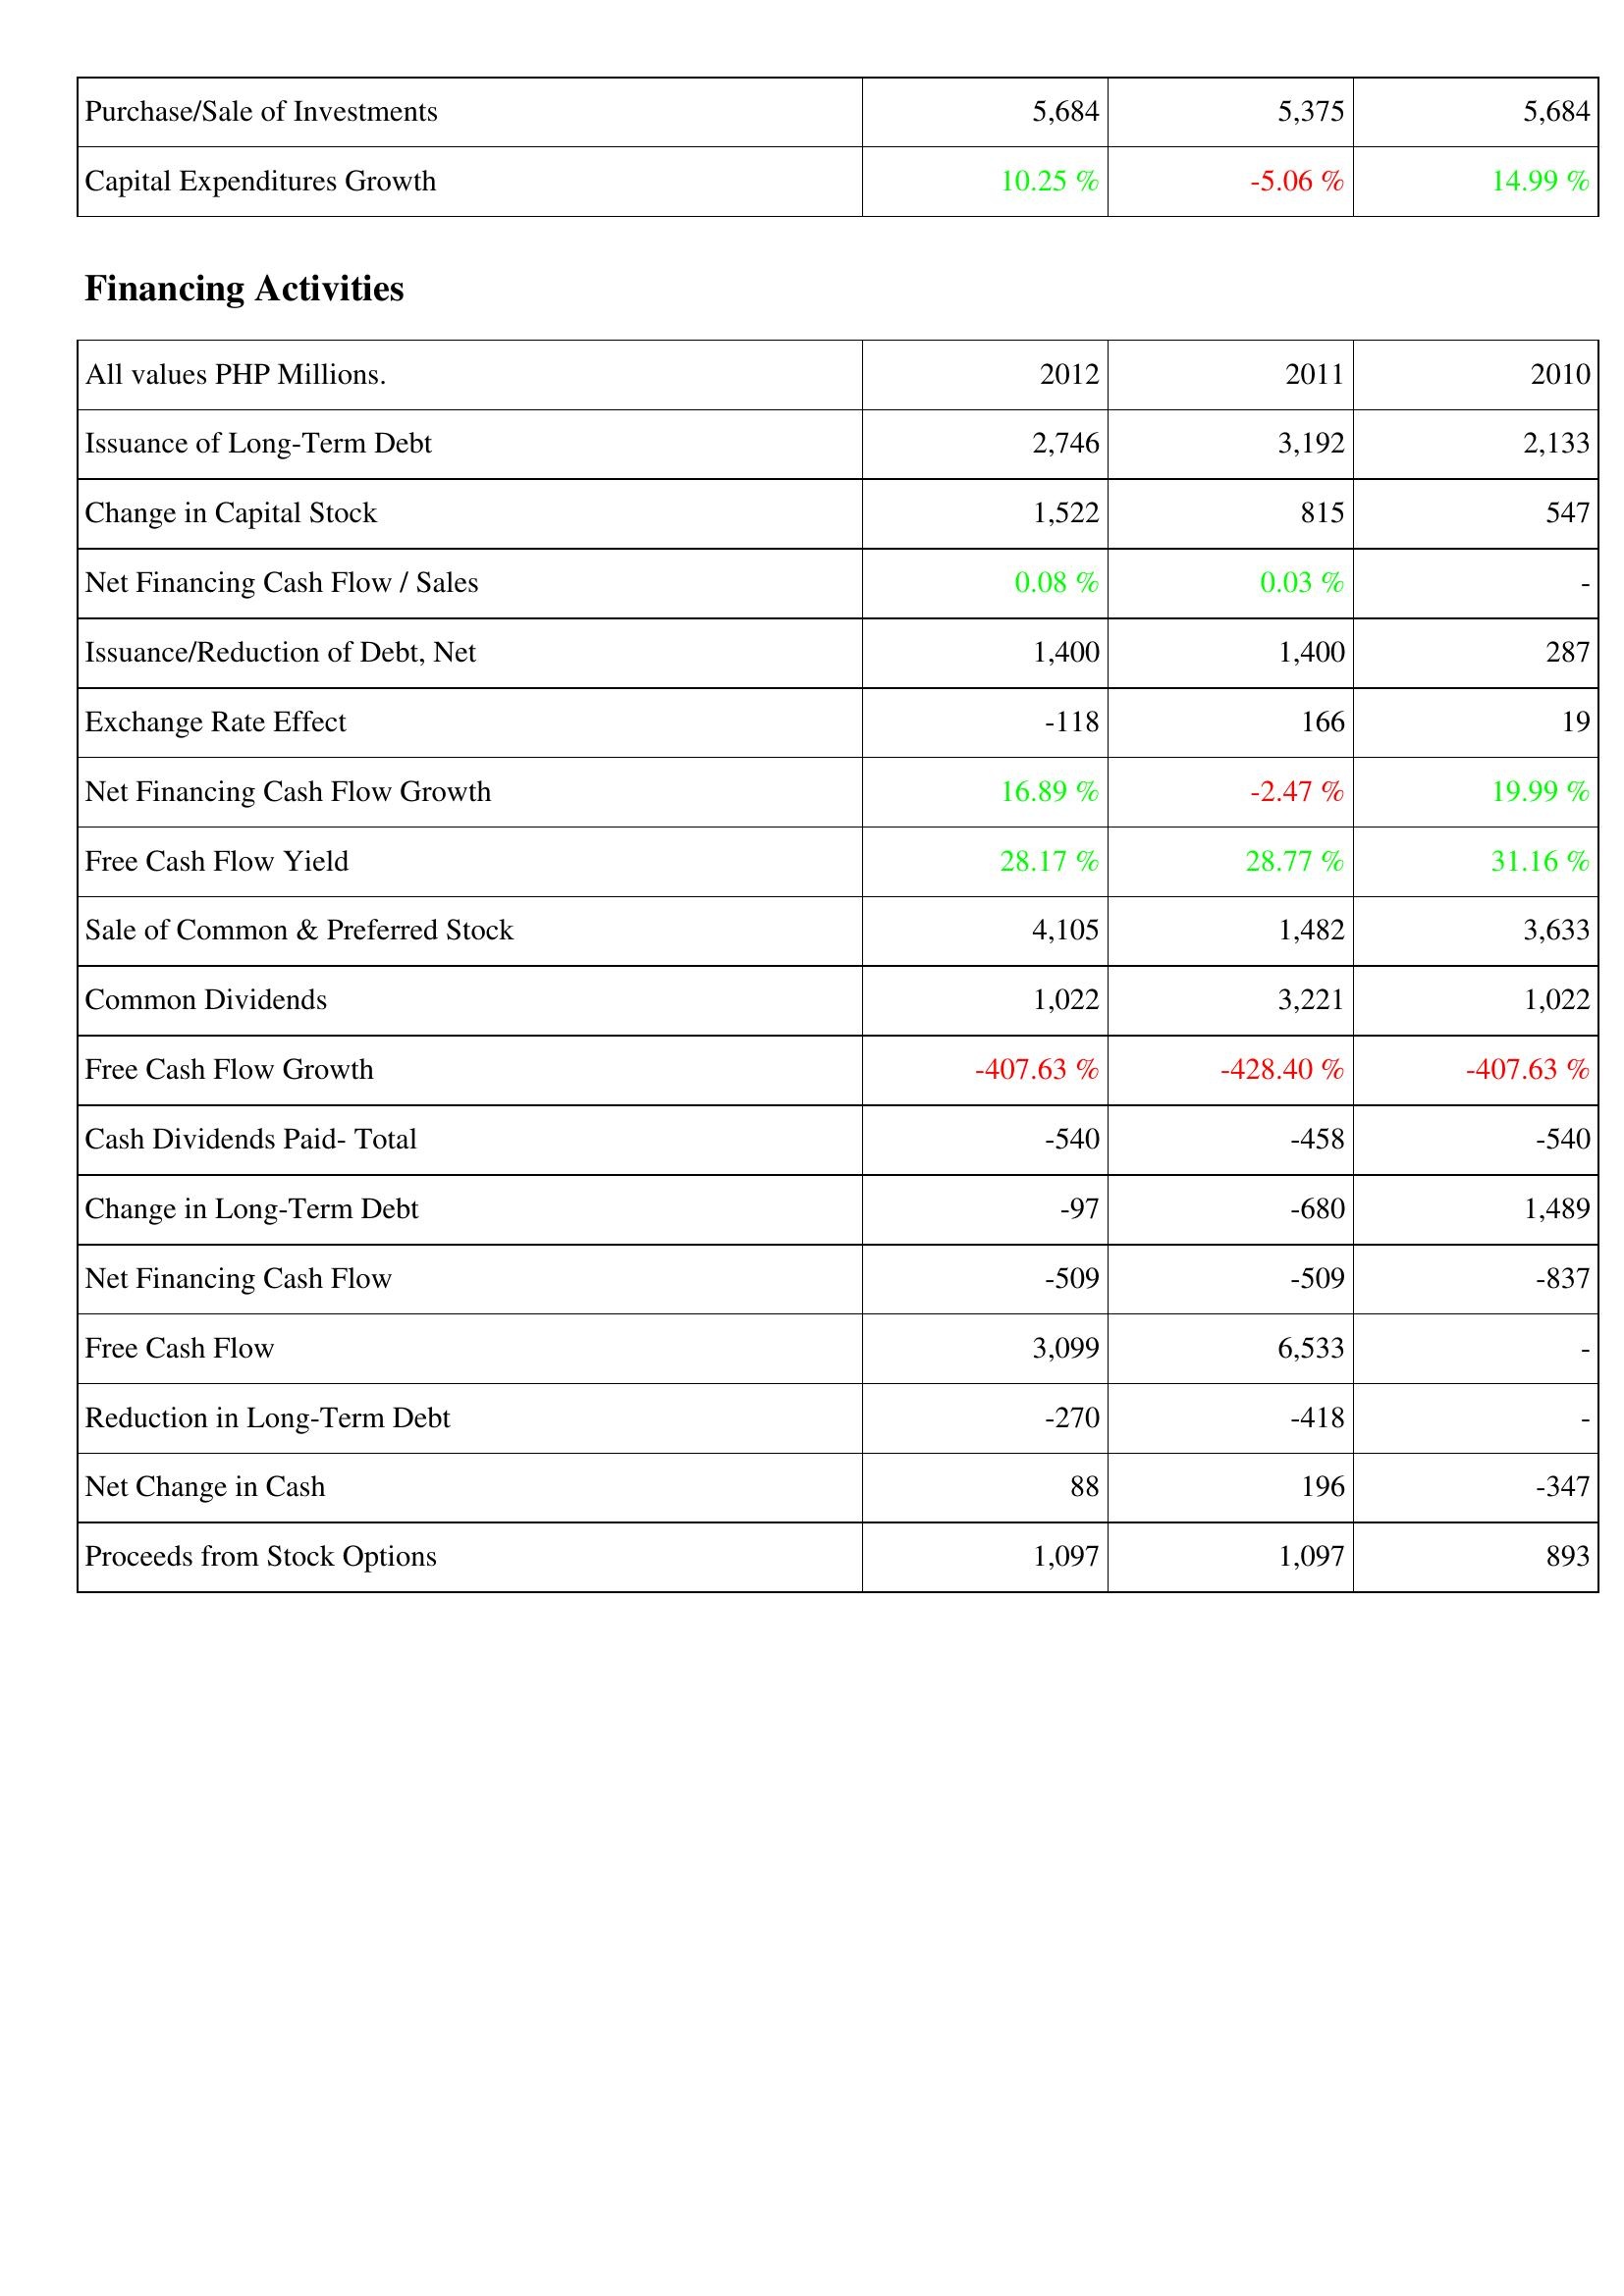
2012: Investing Activities: Purchase/Sale of Investments: 5,684
Capital Expenditures Growth: 10.25 %
Financing Activities: Issuance of Long-Term Debt: 2,746
Change in Capital Stock: 1,522
Net Financing Cash Flow / Sales: 0.08 %
Issuance/Reduction of Debt, Net: 1,400
Exchange Rate Effect: -118
Net Financing Cash Flow Growth: 16.89 %
Free Cash Flow Yield: 28.17 %
Sale of Common & Preferred Stock: 4,105
Common Dividends: 1,022
Free Cash Flow Growth: -407.63 %
Cash Dividends Paid- Total: -540
Change in Long-Term Debt: -97
Net Financing Cash Flow: -509
Free Cash Flow: 3,099
Reduction in Long-Term Debt: -270
Net Change in Cash: 88
Proceeds from Stock Options: 1,097
2011: Investing Activities: Purchase/Sale of Investments: 5,375
Capital Expenditures Growth: -5.06 %
Financing Activities: Issuance of Long-Term Debt: 3,192
Change in Capital Stock: 815
Net Financing Cash Flow / Sales: 0.03 %
Issuance/Reduction of Debt, Net: 1,400
Exchange Rate Effect: 166
Net Financing Cash Flow Growth: -2.47 %
Free Cash Flow Yield: 28.77 %
Sale of Common & Preferred Stock: 1,482
Common Dividends: 3,221
Free Cash Flow Growth: -428.40 %
Cash Dividends Paid- Total: -458
Change in Long-Term Debt: -680
Net Financing Cash Flow: -509
Free Cash Flow: 6,533
Reduction in Long-Term Debt: -418
Net Change in Cash: 196
Proceeds from Stock Options: 1,097
2010: Investing Activities: Purchase/Sale of Investments: 5,684
Capital Expenditures Growth: 14.99 %
Financing Activities: Issuance of Long-Term Debt: 2,133
Change in Capital Stock: 547
Net Financing Cash Flow / Sales: -
Issuance/Reduction of Debt, Net: 287
Exchange Rate Effect: 19
Net Financing Cash Flow Growth: 19.99 %
Free Cash Flow Yield: 31.16 %
Sale of Common & Preferred Stock: 3,633
Common Dividends: 1,022
Free Cash Flow Growth: -407.63 %
Cash Dividends Paid- Total: -540
Change in Long-Term Debt: 1,489
Net Financing Cash Flow: -837
Free Cash Flow: -
Reduction in Long-Term Debt: -
Net Change in Cash: -347
Proceeds from Stock Options: 893